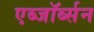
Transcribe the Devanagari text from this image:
एब्जॉर्ब्सन